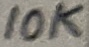
Text: 10K